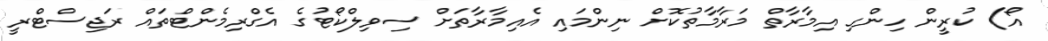
އޯ) ކުރީން ހިންގި އިމާރާތް މަރާމާތުކޮށް ނިންމައި އެއިމާރާތަށް ސިވިލްކޯޓުގެ އެގްރިމެންޓްތައް ރަޖިސްޓްރީ